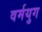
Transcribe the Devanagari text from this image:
वर्मयुग